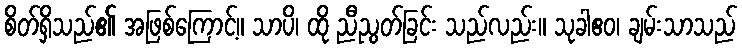
စိတ်ရှိသည်၏ အဖြစ်ကြောင့်။ သာပိ၊ ထို ညီညွတ်ခြင်း သည်လည်း။ သုခါဧဝ၊ ချမ်းသာသည်